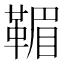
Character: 𩋿